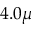
4 . 0 \mu